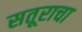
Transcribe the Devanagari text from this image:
सतूराचा